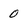
Character: 0